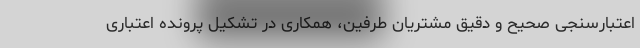
اعتبارسنجی صحیح و دقیق مشتریان طرفین، همکاری در تشکیل پرونده اعتباری